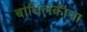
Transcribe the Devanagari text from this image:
बांधिलकीचा